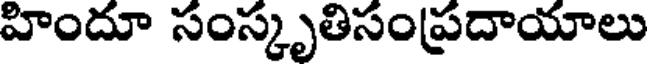
హిందూ సంస్కృతిసంప్రదాయాలు